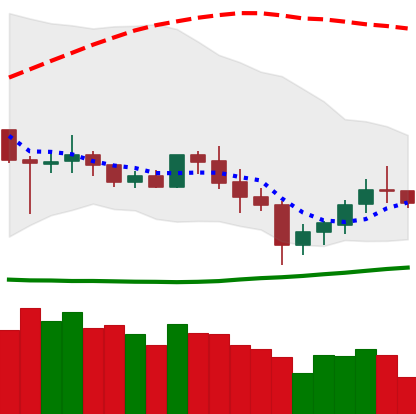
Ticker: XLM-USD
Chart end date: 2020-07-03
Forward return: 26.4%
Label: up_7plus